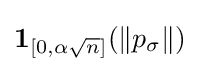
\mathbf {1} _{[0,\alpha {\sqrt {n}}]}(\|p_{\sigma }\|)